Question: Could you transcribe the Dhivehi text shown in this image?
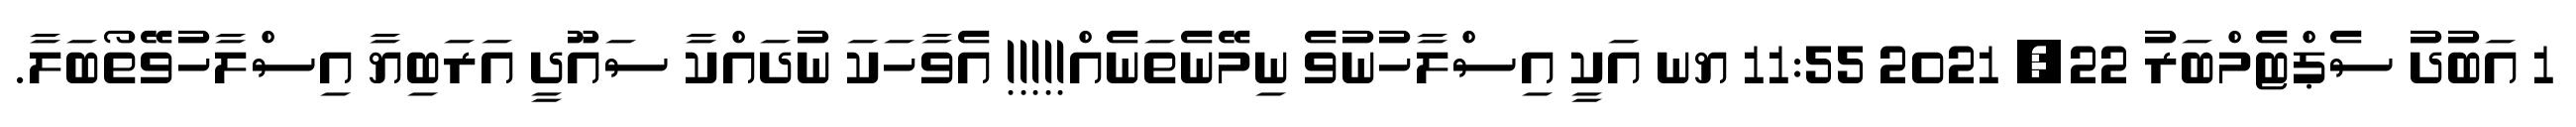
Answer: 1 އަބުދު ސެޕްޓެމްބަރު 22, 2021 11:55 ޔނ އަކީ އިސްލާހުނުވެ ނިމޭނެތަނެއް!!!!! އެވާހަކަ ނުދައްކާ ސައޫދީ އަރަބިޔާ އިސްލާހުވޭތޯބަލާ.